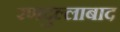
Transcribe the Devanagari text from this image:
रणदुल्लाबाद